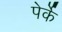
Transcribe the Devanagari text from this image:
पेर्के